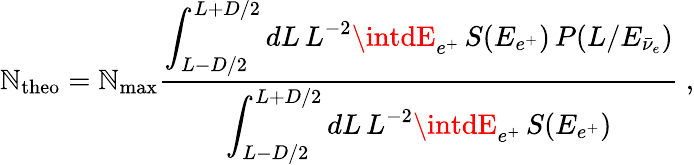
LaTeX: \mathbb{N}_{\mathrm{{theo}}}=\mathbb{N}_{\mathrm{{max}}}\frac{{\displaystyle\int_{L-D/2}^{L+D/2}dL\, L^{-2}\intdE_{e^{+}}\, S(E_{e^{+}})\, P(L/E_{\bar{{\nu}}_{e}})}}{{\displaystyle\int_{L-D/2}^{L+D/2}dL\, L^{-2}\intdE_{e^{+}}\, S(E_{e^{+}})}}\ ,